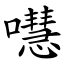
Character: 嚖